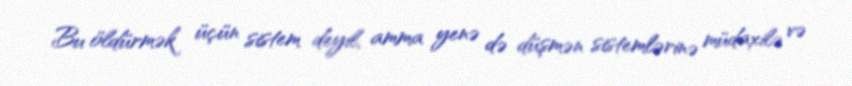
Bu öldürmək üçün sistem deyil, amma yenə də düşmən sistemlərinə müdaxilə və